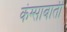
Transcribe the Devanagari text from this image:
कंग्साबाती